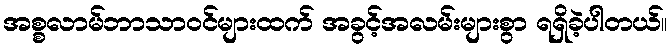
အစ္စလာမ်ဘာသာဝင်များထက် အခွင့်အလမ်းများစွာ ရရှိခဲ့ပါတယ်။